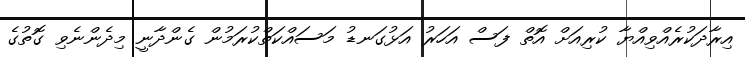
އިރާދަކުރެއްވިއްޔާ ކުރިއަށް އޮތް ފަސް އަހަރު އަޅުގަނޑު މަސައްކަތްކުރަމުން ގެންދާނީ މިދެންނެވި ގޮތުގެ